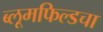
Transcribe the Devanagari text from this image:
ब्लूमफिल्डचा